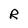
Character: R